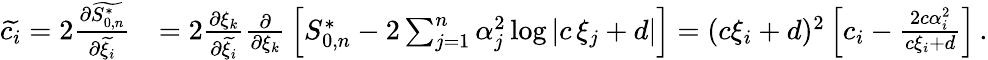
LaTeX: \begin{array}{rl}{\widetilde{c_{i}}=2{\frac{\partial\widetilde{S_{0,n}^{\ast}}}{\partial\widetilde{\xi_{i}}}}}&{=2{\frac{\partial\xi_{k}}{\partial\widetilde{\xi_{i}}}}{\frac{\partial}{\partial\xi_{k}}}\left[S_{0,n}^{\ast}-2\sum_{j=1}^{n}\alpha_{j}^{2}\log\left|{c\, \xi_{j}+d}\right|\right]=(c\xi_{i}+d)^{2}\left[c_{i}-{\frac{2c\alpha_{i}^{2}}{c\xi_{i}+d}}\right]\, .}\end{array}